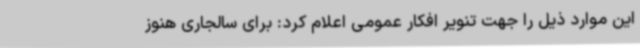
این موارد ذیل را جهت تنویر افکار عمومی اعلام کرد: برای سالجاری هنوز